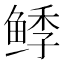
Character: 𱇺